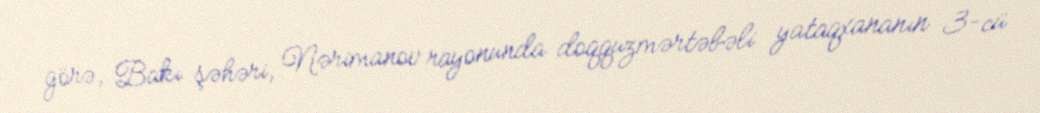
görə, Bakı şəhəri, Nərimanov rayonunda doqquzmərtəbəli yataqxananın 3-cü